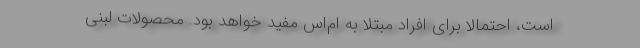
است، احتمالا برای افراد مبتلا به ام‌اس مفید خواهد بود. محصولات لبنی